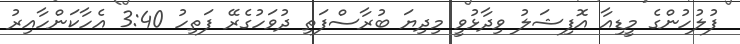
ފުލުހުންގެ މީޑިއާ އޮފިޝަލު ވިދާޅުވީ މިދިޔަ ބުރާސްފަތި ދުވަހުގެރޭ ފަތިހު 3:40 އެހާކަންހާއިރު